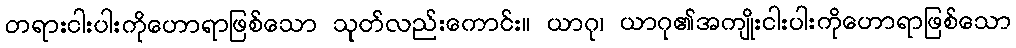
တရားငါးပါးကိုဟောရာဖြစ်သော သုတ်လည်းကောင်း။ ယာဂု၊ ယာဂု၏အကျိုးငါးပါးကိုဟောရာဖြစ်သော